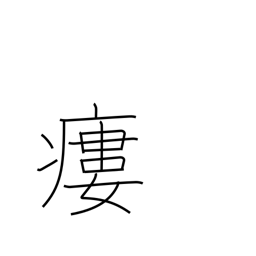
Meaning: fistula